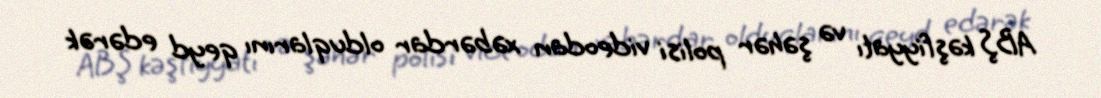
ABŞ kəşfiyyatı və şəhər polisi videodan xəbərdar olduqlarını qeyd edərək